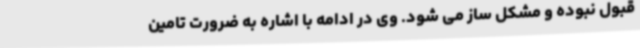
قبول نبوده و مشکل ساز می شود. وی در ادامه با اشاره به ضرورت تامین